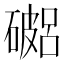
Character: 𥖓